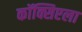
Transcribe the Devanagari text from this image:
कॉक्सिएला